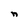
Character: n